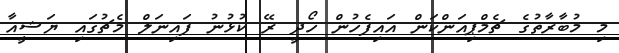
މި މުބާރާތުގެ ޗެމްޕިއަންކަން އައިފެހުން ހޯދީ ރޭ ކުޅުނު ފައިނަލް މެޗުގައި ޔަޝީއާ